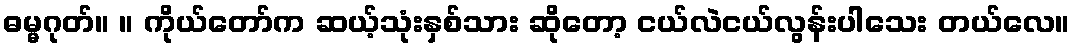
ဓမ္မဂုတ်။ ။ ကိုယ်တော်က ဆယ့်သုံးနှစ်သား ဆိုတော့ ငယ်လဲငယ်လွန်းပါသေး တယ်လေ။